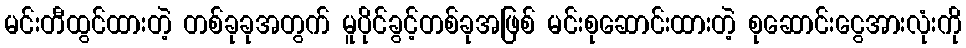
မင်းတီထွင်ထားတဲ့ တစ်ခုခုအတွက် မူပိုင်ခွင့်တစ်ခုအဖြစ် မင်းစုဆောင်းထားတဲ့ စုဆောင်းငွေအားလုံးကို